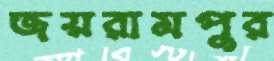
জয়রামপুর